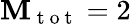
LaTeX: \mathbf{M}_{\mathrm{{~t~o~t~}}}=2